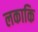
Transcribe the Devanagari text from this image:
लकाकि